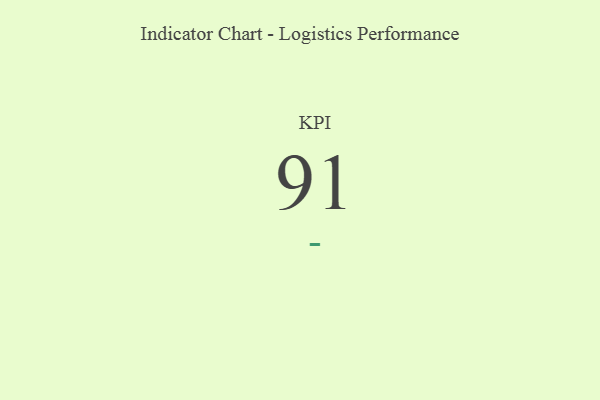
{"axis": {"x": "KPI", "y": "Value"}, "legend": [""], "data": [{"x": "KPI", "y": 91, "type": ""}]}